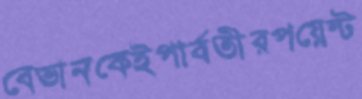
বেভানকেইপার্বতীরপয়েন্ট